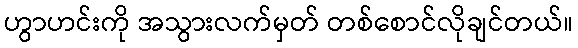
ဟွာဟင်းကို အသွားလက်မှတ် တစ်စောင်လိုချင်တယ်။